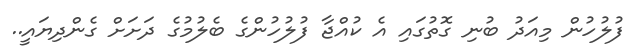
ފުލުހުން މިއަދު ބުނި ގޮތުގައި އެ ކުއްޖާ ފުލުހުންގެ ބެލުމުގެ ދަށަށް ގެންދިޔައީ..